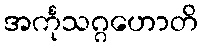
အင်္ကုသဂ္ဂဟောတိ